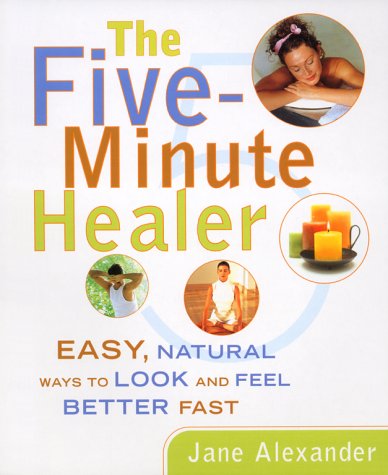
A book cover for Five-Minute Healer: Easy, Natural Ways to Look and Feel Better Fast; Jane Alexander; Health, Fitness & Dieting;